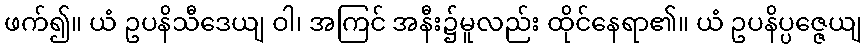
ဖက်၍။ ယံ ဥပနိသီဒေယျ ဝါ၊ အကြင် အနီး၌မူလည်း ထိုင်နေရာ၏။ ယံ ဥပနိပ္ပဇ္ဇေယျ